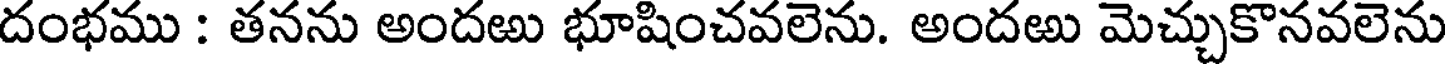
దంభము : తనను అందఱు భూషించవలెను. అందఱు మెచ్చుకొనవలెను